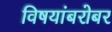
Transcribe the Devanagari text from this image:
विषयांबरोबर